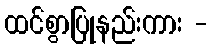
ထင်စွာပြုနည်းကား -